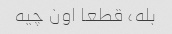
بله، قطعا اون چیه